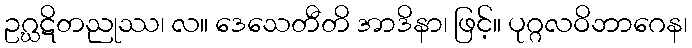
ဥဂ္ဃဋိတညုဿ၊ လ။ ဒေသေတီတိ အာဒိနာ၊ ဖြင့်။ ပုဂ္ဂလဝိဘာဂေန၊